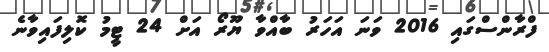
ފްރާންސްގައި 2016 ވަނަ އަހަރު ބާއްވާ ޔޫރޯ އަށް 24 ޓީމު ކޮލިފައިވާނެ